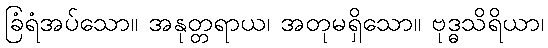
ခြံရံအပ်သော။ အနုတ္တရာယ၊ အတုမရှိသော။ ဗုဒ္ဓသိရိယာ၊